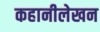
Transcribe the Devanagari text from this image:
कहानीलेखन